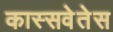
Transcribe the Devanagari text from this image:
कास्सवेतेस